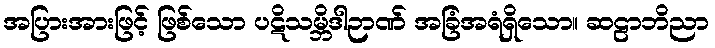
အပြားအားဖြင့် ဖြစ်သော ပဋိသမ္ဘိဒါဉာဏ် အခြံအရံရှိသော။ ဆဠာဘိညာ